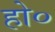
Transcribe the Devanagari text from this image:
हो०